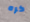
كره